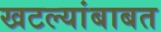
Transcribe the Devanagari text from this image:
खटल्यांबाबत